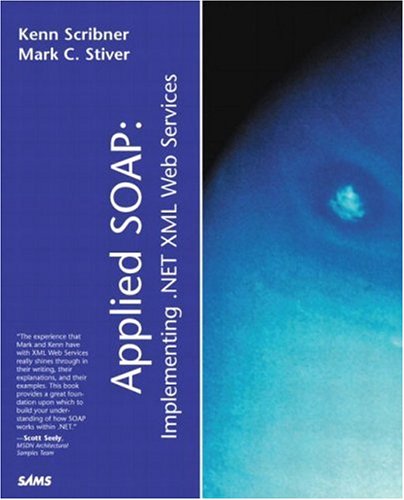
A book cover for Applied SOAP: Implementing .NET XML Web Services; Kenn Scribner; Computers & Technology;